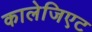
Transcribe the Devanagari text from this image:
कालेजिएट